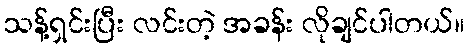
သန့်ရှင်းပြီး လင်းတဲ့ အခန်း လိုချင်ပါတယ်။